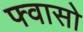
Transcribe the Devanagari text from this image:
फ्वासो